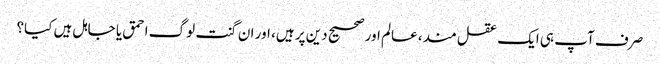
صرف آپ ہی ایک عقل مند، عالم اور صحیح دین پر ہیں، اور ان گنت لوگ احمق یا جاہل ہیں کیا؟